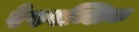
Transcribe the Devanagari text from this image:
रेस्पब्लिक